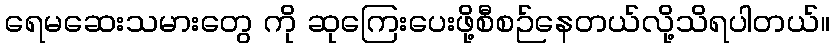
ရေမဆေးသမားတွေ ကို ဆုကြေးပေးဖို့စီစဉ်နေတယ်လို့သိရပါတယ်။